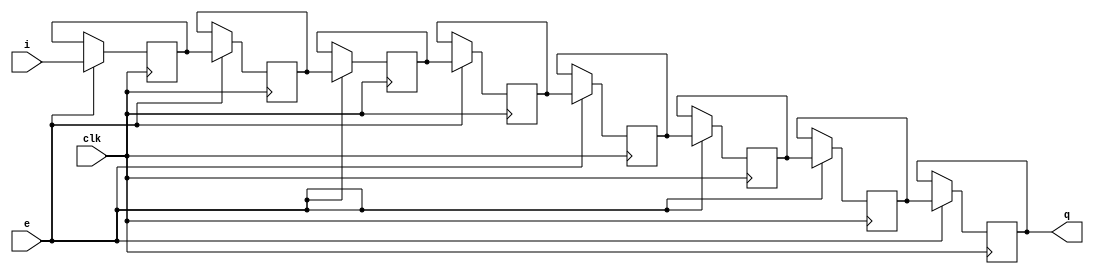
// Check inference even when keep attribute specified
(* top *)
module test17d (input clk, input i, input e, output q);
generate 
    reg a1, a2;
    (* keep *) reg a3;
    (* keep *) reg a4;
    reg a5, a6, a7, a8;
    always @(negedge clk) if (e) {a8,a7,a6,a5,a4,a3,a2,a1} <= {a7,a6,a5,a4,a3,a2,a1,i};
    assign q = a8;
endgenerate
endmodule

`ifndef _AUTOTB
module __test ;
    wire [4095:0] assert_area = "cd test17d; select t:SRL16E -assert-count 2; select t:FD* -assert-count 1; select t:BUFG t:SRL16E t:FD* %% %n t:* %i -assert-none";

endmodule
`endif